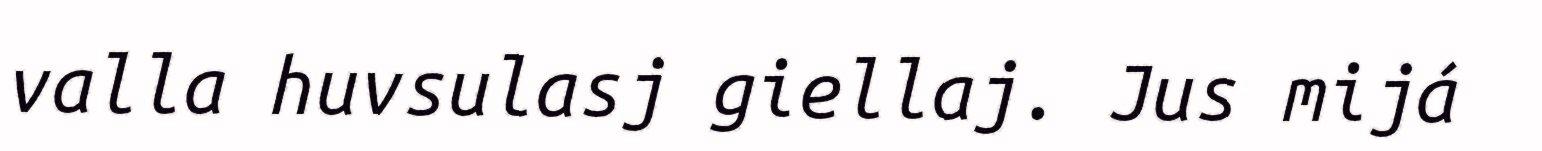
valla huvsulasj giellaj. Jus mijá